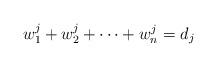
LaTeX: \begin{align*} w_1^j + w_2^j + \dots + w_n^j = d_j \end{align*}